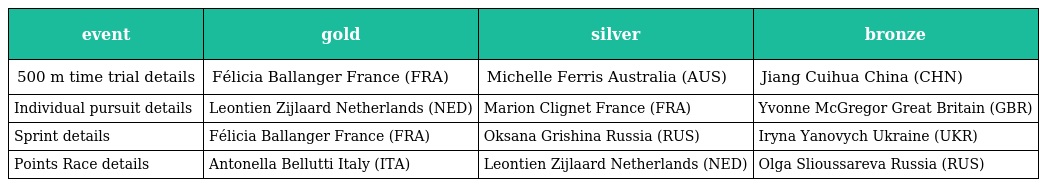
| event | gold | silver | bronze |
 | --- | --- | --- | --- |
 | 500 m time trial details | Félicia Ballanger France (FRA) | Michelle Ferris Australia (AUS) | Jiang Cuihua China (CHN) |
 | Individual pursuit details | Leontien Zijlaard Netherlands (NED) | Marion Clignet France (FRA) | Yvonne McGregor Great Britain (GBR) |
 | Sprint details | Félicia Ballanger France (FRA) | Oksana Grishina Russia (RUS) | Iryna Yanovych Ukraine (UKR) |
 | Points Race details | Antonella Bellutti Italy (ITA) | Leontien Zijlaard Netherlands (NED) | Olga Slioussareva Russia (RUS) |